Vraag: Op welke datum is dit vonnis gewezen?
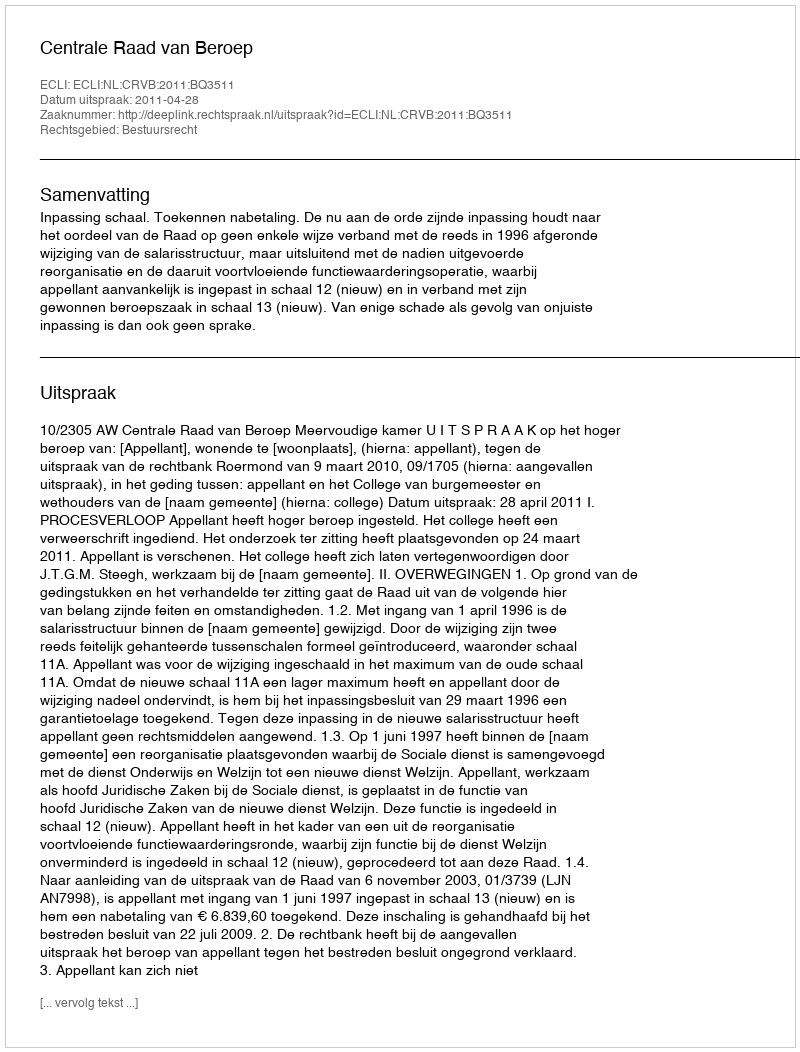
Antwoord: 2011-04-28